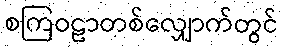
စကြဝဠာတစ်လျှောက်တွင်